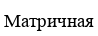
Матричная